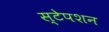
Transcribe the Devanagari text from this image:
स्‍टेपशन